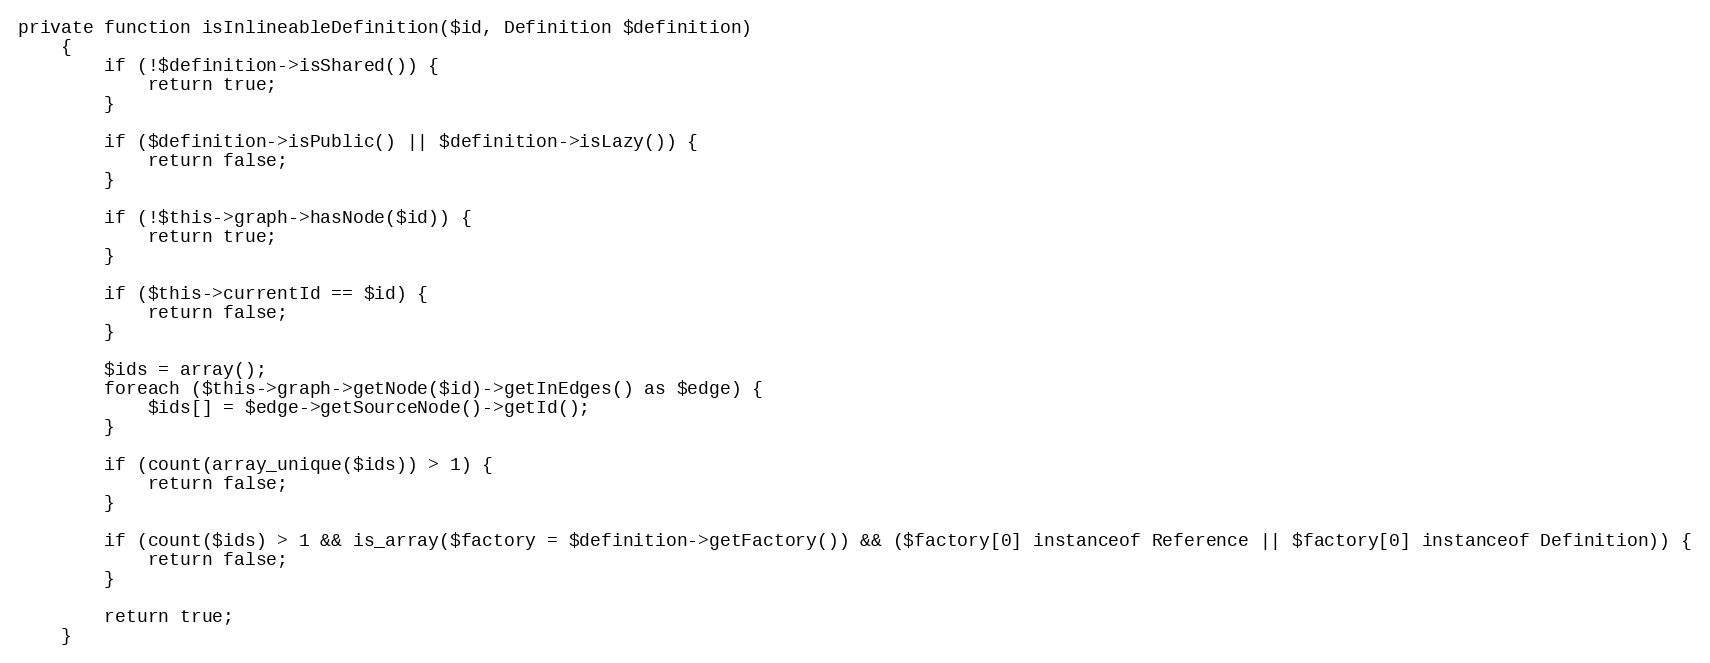
Language: PHP
private function isInlineableDefinition($id, Definition $definition)
    {
        if (!$definition->isShared()) {
            return true;
        }

        if ($definition->isPublic() || $definition->isLazy()) {
            return false;
        }

        if (!$this->graph->hasNode($id)) {
            return true;
        }

        if ($this->currentId == $id) {
            return false;
        }

        $ids = array();
        foreach ($this->graph->getNode($id)->getInEdges() as $edge) {
            $ids[] = $edge->getSourceNode()->getId();
        }

        if (count(array_unique($ids)) > 1) {
            return false;
        }

        if (count($ids) > 1 && is_array($factory = $definition->getFactory()) && ($factory[0] instanceof Reference || $factory[0] instanceof Definition)) {
            return false;
        }

        return true;
    }